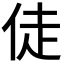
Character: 𬾉